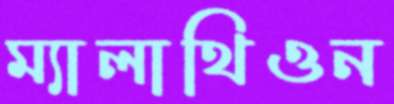
ম্যালাথিওন